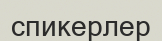
спикерлер